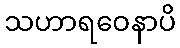
သဟာရဝေနာပိ